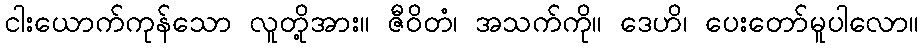
ငါးယောက်ကုန်သော လူတို့အား။ ဇီဝိတံ၊ အသက်ကို။ ဒေဟိ၊ ပေးတော်မူပါလော။